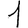
Digit: 1